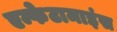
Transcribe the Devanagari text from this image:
एम्फेटामाइंस